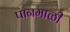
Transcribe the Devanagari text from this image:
पानमाळी